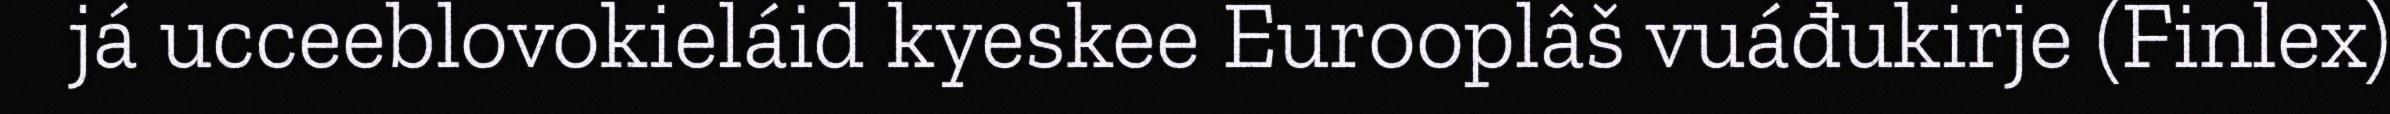
já ucceeblovokieláid kyeskee Eurooplâš vuáđukirje (Finlex)